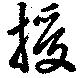
授